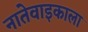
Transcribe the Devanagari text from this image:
नातेवाइकाला